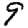
Digit: 9